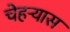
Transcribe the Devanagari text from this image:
चेहऱ्यास